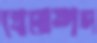
প্রেমাষ্পদ